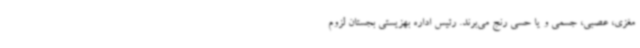
مغزی، عصبی، جسمی و یا حسی رنج می‌برند. رئیس اداره بهزیستی بجستان لزوم